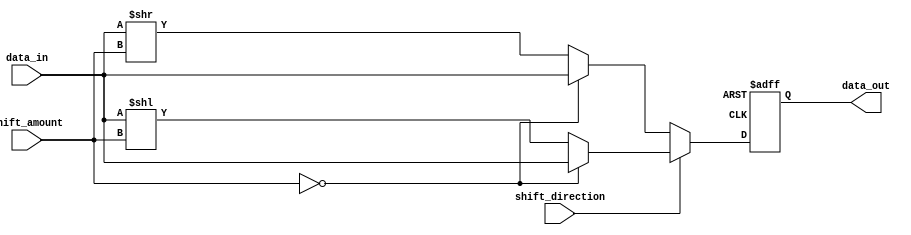
module barrel_shifter(
  input [31:0] data_in,
  input [4:0] shift_amount,
  input shift_direction, // 0 for right shift, 1 for left shift
  output reg [31:0] data_out
);

  always @ (posedge clk or posedge reset) begin
    if (reset) begin
      data_out <= 0;
    end else begin
      if (shift_direction == 0) begin // Right shift
        if (shift_amount == 0) begin
          data_out <= data_in;
        end else begin
          data_out <= data_in >> shift_amount;
        end
      end else begin // Left shift
        if (shift_amount == 0) begin
          data_out <= data_in;
        end else begin
          data_out <= data_in << shift_amount;
        end
      end
    end
  end

endmodule